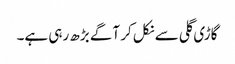
گاڑی گلی سے نکل کر آگے بڑھ رہی ہے۔